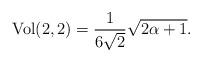
LaTeX: \begin{align*}{\rm Vol}(2,2)=\frac{1}{6 \sqrt{2}}\sqrt{2\alpha +1}.\end{align*}